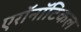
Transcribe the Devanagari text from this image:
एरॉनॉटिकल